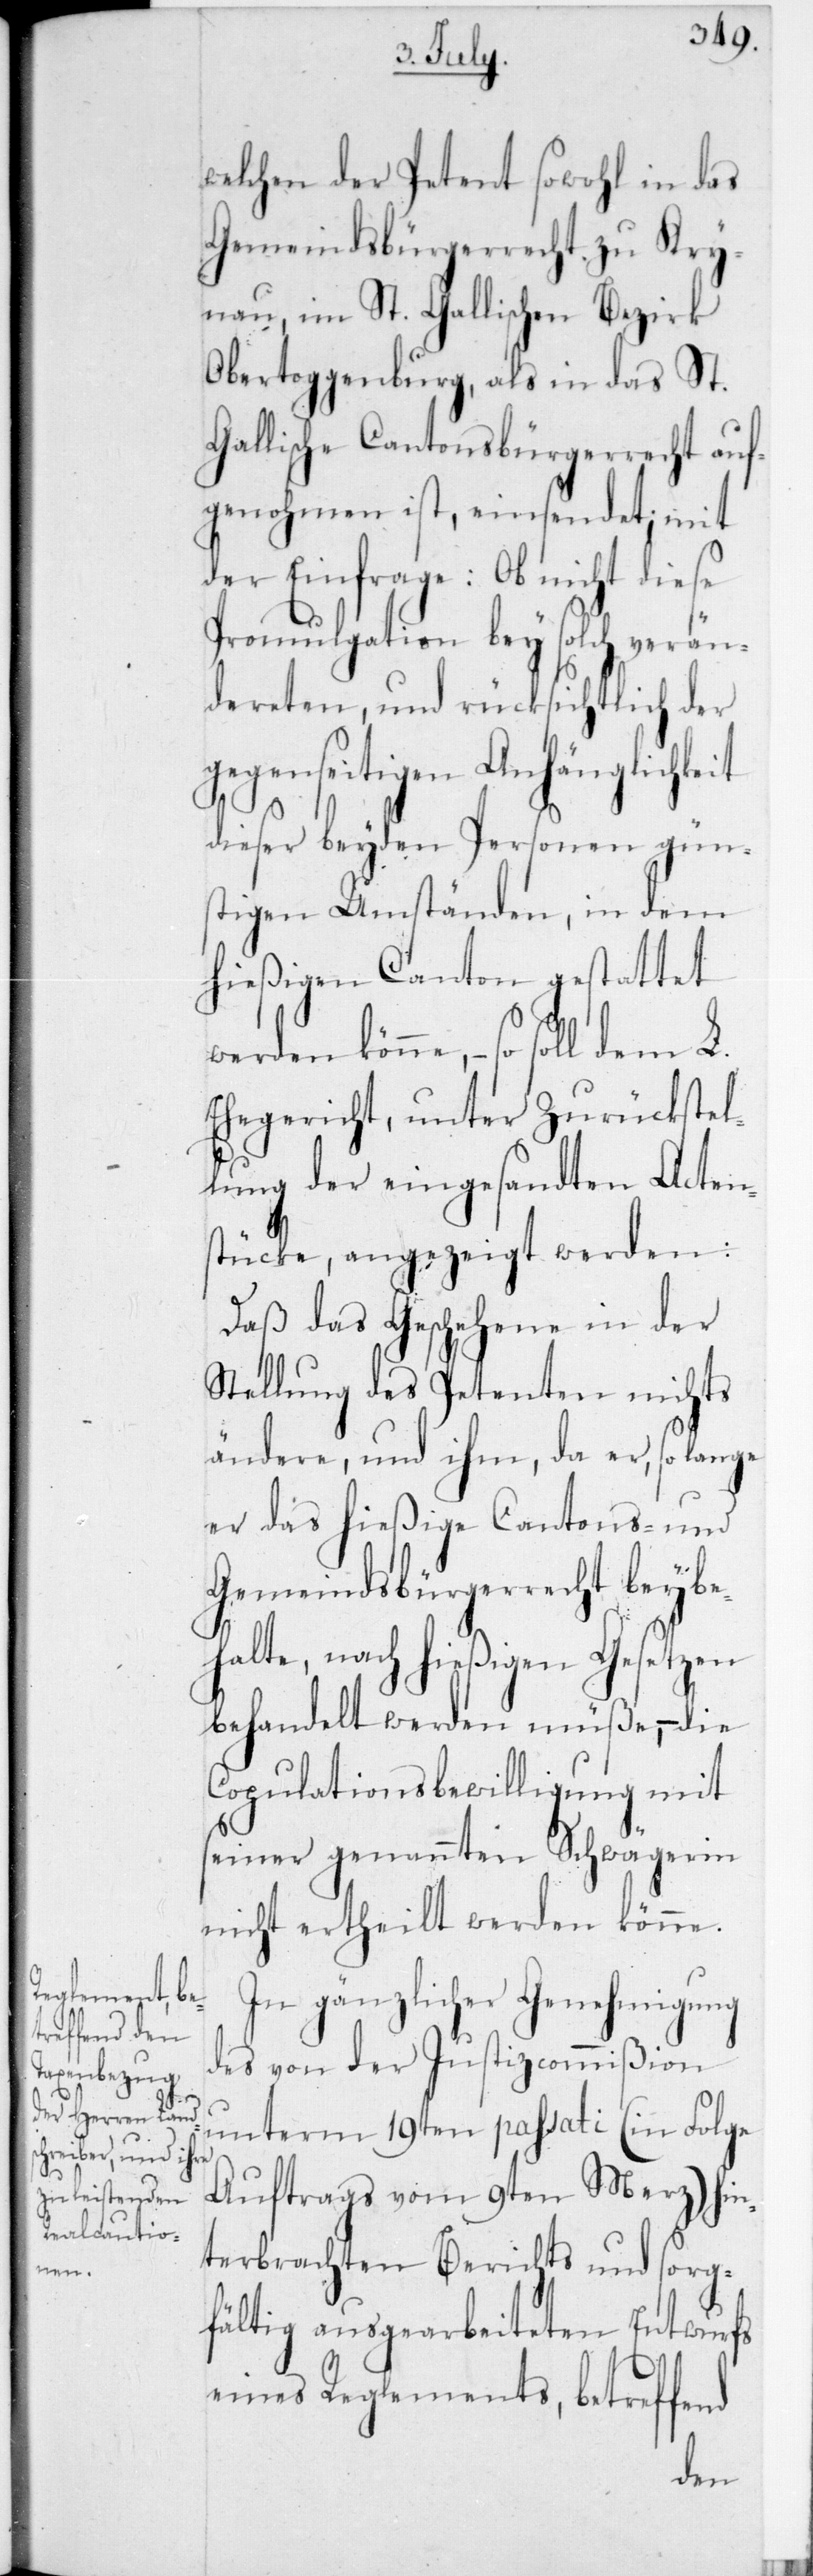
welchen der Petent sowohl in das
Gemeindsbürgerrecht zu Kry¬
nau im St. Gallischen Bezirk
Obertoggenburg, als in das St.
Gallische Cantonsbürgerrecht auf¬
genohmen ist, einsendet; mit
der Einfrage: Ob nicht diese
Promulgation bey solch verän¬
dereten, und rücksichtlich der
gegenseitigen Anhänglichkeit
dieser beyden Personen gün¬
stigen Umständen, in dem
hießigen Canton gestattet
werden könne, – so soll dem L.
Ehegericht, unter Zurückstel¬
lung der eingesandten Acten¬
stücke, angezeigt werden:
daß das Geschehene in der
Stellung des Petenten nichts
ändere, und ihm, da er, so lange
er das hießige Cantons- und
Gemeindsbürgerrecht beybe¬
halte, nach hießigen Gesetzen
behandelt werden müße, – die
Copulationsbewilligung mit
seiner genannten Schwägerin
nicht ertheilt werden könne.
In gänzlicher Genehmigung
des von der Justizcommißion
unterm 19ten passati (in Folge
Auftrags vom 9ten Merz) hin¬
terbrachten Berichts und sorg¬
fältig ausgearbeiteten Entwurfs
eines Reglements, betreffend